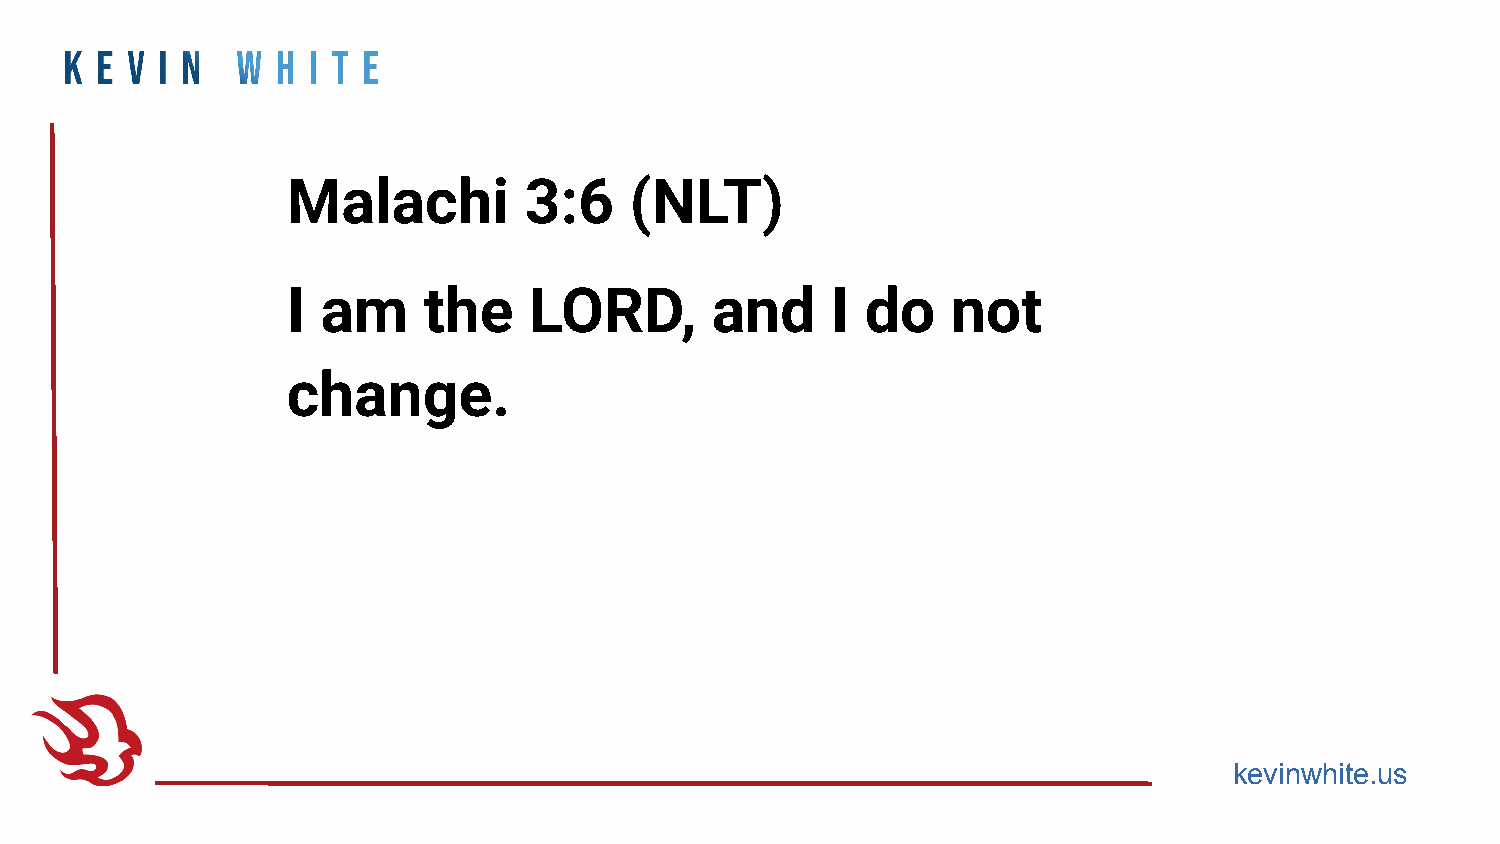
Malachi         3:6    (NLT)
 I am     the    LORD,       and     I do    not
 change.
 kevinwhite.us